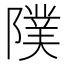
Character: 䧤